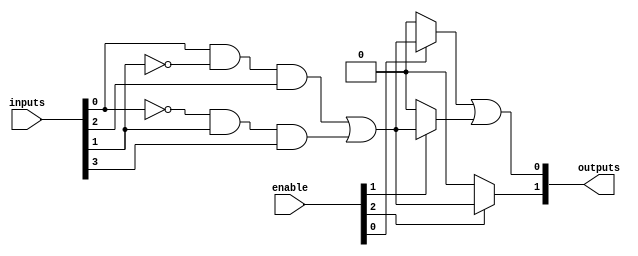
module PAL #(parameter n = 4,  // Number of inputs
             parameter m = 2,  // Number of outputs
             parameter p = 4   // Number of programmable AND gates
            )
(
    input wire [n-1:0] inputs,     // Input signals
    input wire [p-1:0] enable,      // Enable signals for AND gates
    output wire [m-1:0] outputs     // Output signals
);

    // Internal signals for product terms
    wire [p-1:0] product_terms; // Outputs of programmable AND gates

    // Programmable AND array
    genvar i, j;
    generate
        for (i = 0; i < p; i = i + 1) begin : and_array
            // Example configuration for each AND gate
            assign product_terms[i] = (enable[i]) ? 
                ((inputs[0] & ~inputs[1] & inputs[2]) |  // Example product term
                 (~inputs[0] & inputs[1] & inputs[3])) : // Example product term
                1'b0;
        end
    endgenerate

    // Fixed OR array
    generate
        for (j = 0; j < m; j = j + 1) begin : or_array
            // Example logic for outputs (customize as needed)
            assign outputs[j] = (j == 0) ? (product_terms[0] | product_terms[1]) : // Output 0
                                (j == 1) ? product_terms[2] : 1'b0; // Output 1
        end
    endgenerate

endmodule